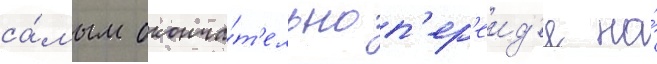
са́мым оконча́т'ельно п'ер'еид'я на́